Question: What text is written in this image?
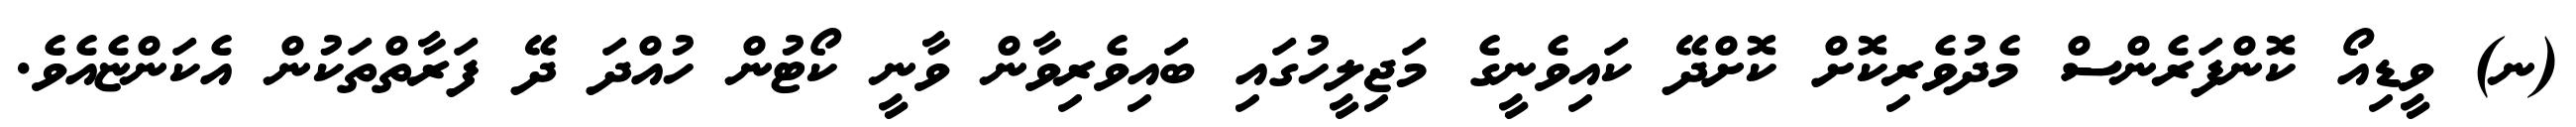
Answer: (ނ) ވީޑިއޯ ކޮންފަރެންސް މެދުވެރިކޮށް ކޮށްދޭ ކައިވެނީގެ މަޖިލީހުގައި ބައިވެރިވާން ވާނީ ކޯޓުން ހުއްދަ ދޭ ފަރާތްތަކުން އެކަންޏެއެވެ.